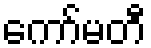
ကော်မတီ